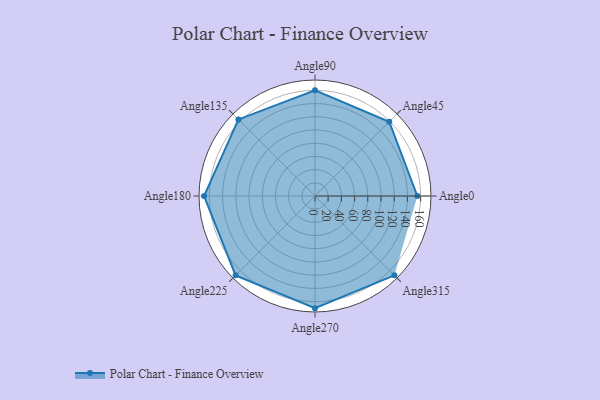
{"axis": {"x": "Angle", "y": "Radius"}, "legend": [""], "data": [{"x": "Angle0", "y": 155.0, "type": ""}, {"x": "Angle45", "y": 159.0, "type": ""}, {"x": "Angle90", "y": 160.0, "type": ""}, {"x": "Angle135", "y": 164.0, "type": ""}, {"x": "Angle180", "y": 168.0, "type": ""}, {"x": "Angle225", "y": 170, "type": ""}, {"x": "Angle270", "y": 170, "type": ""}, {"x": "Angle315", "y": 170, "type": ""}]}